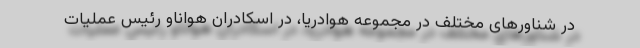
در شناورهای مختلف در مجموعه هوادریا، در اسکادران هواناو رئیس عملیات